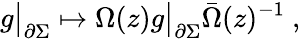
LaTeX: g\bigr|_{\partial\Sigma}\mapsto\Omega(z)g\bigr|_{\partial\Sigma}\bar{\Omega}(z)^{-1}~,